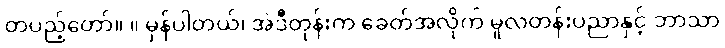
တပည့်တော်။ ။ မှန်ပါတယ်၊ အဲဒီတုန်းက ခေတ်အလိုက် မူလတန်းပညာနှင့် ဘာသာ